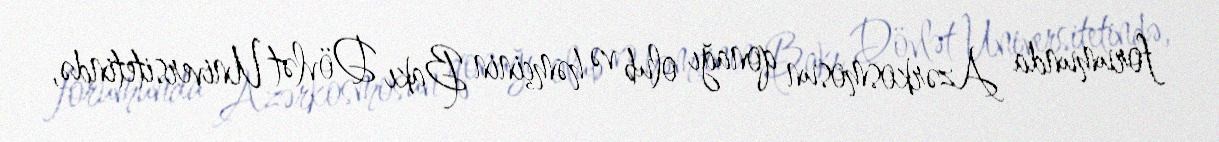
forumunda Azərkosmosun qonağı olub və həmçinin Bakı Dövlət Universitetində,